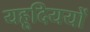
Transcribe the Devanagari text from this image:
यहूदिययों